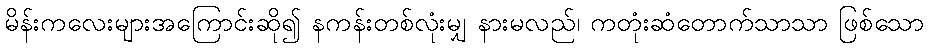
မိန်းကလေးများအကြောင်းဆို၍ နကန်းတစ်လုံးမျှ နားမလည်၊ ကတုံးဆံတောက်သာသာ ဖြစ်သော